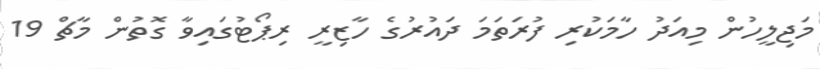
މަޖިލީހުން މިއަދު ހާމަކުރި ފުރަތަމަ ދައުރުގެ ހާޒިރީ ރިޕޯޓުގައިވާ ގޮތުން މާޗް 19